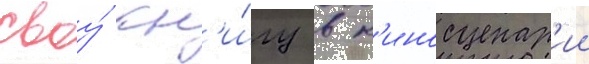
своу́ кн'и́гу в к'иносценар'ии